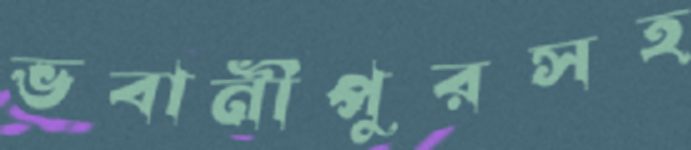
ভবানীপুরসহ